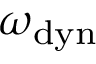
\omega _ { \mathrm { d y n } }